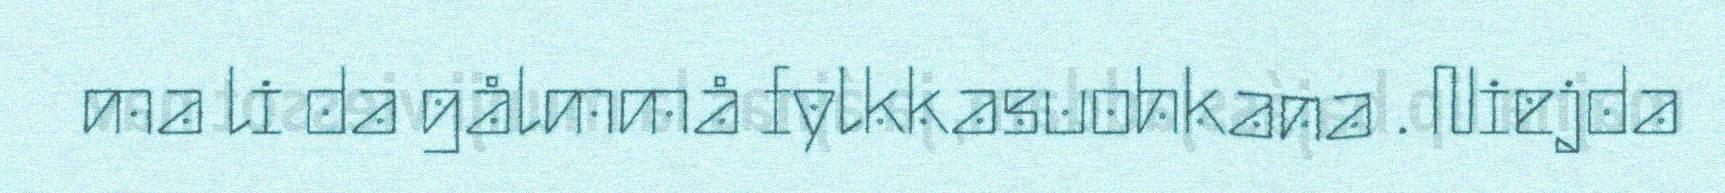
ma li da gålmmå fylkkasuohkana . Niejda